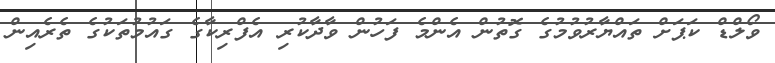
ވޯލްޑް ކަޕަށް ތައްޔާރުވުމުގެ ގޮތުން އެންމެ ފަހުން ވާދާކުރި އެފްރިކާގެ ގައުމުތަކުގެ ތެރެއިން